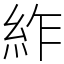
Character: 䋏